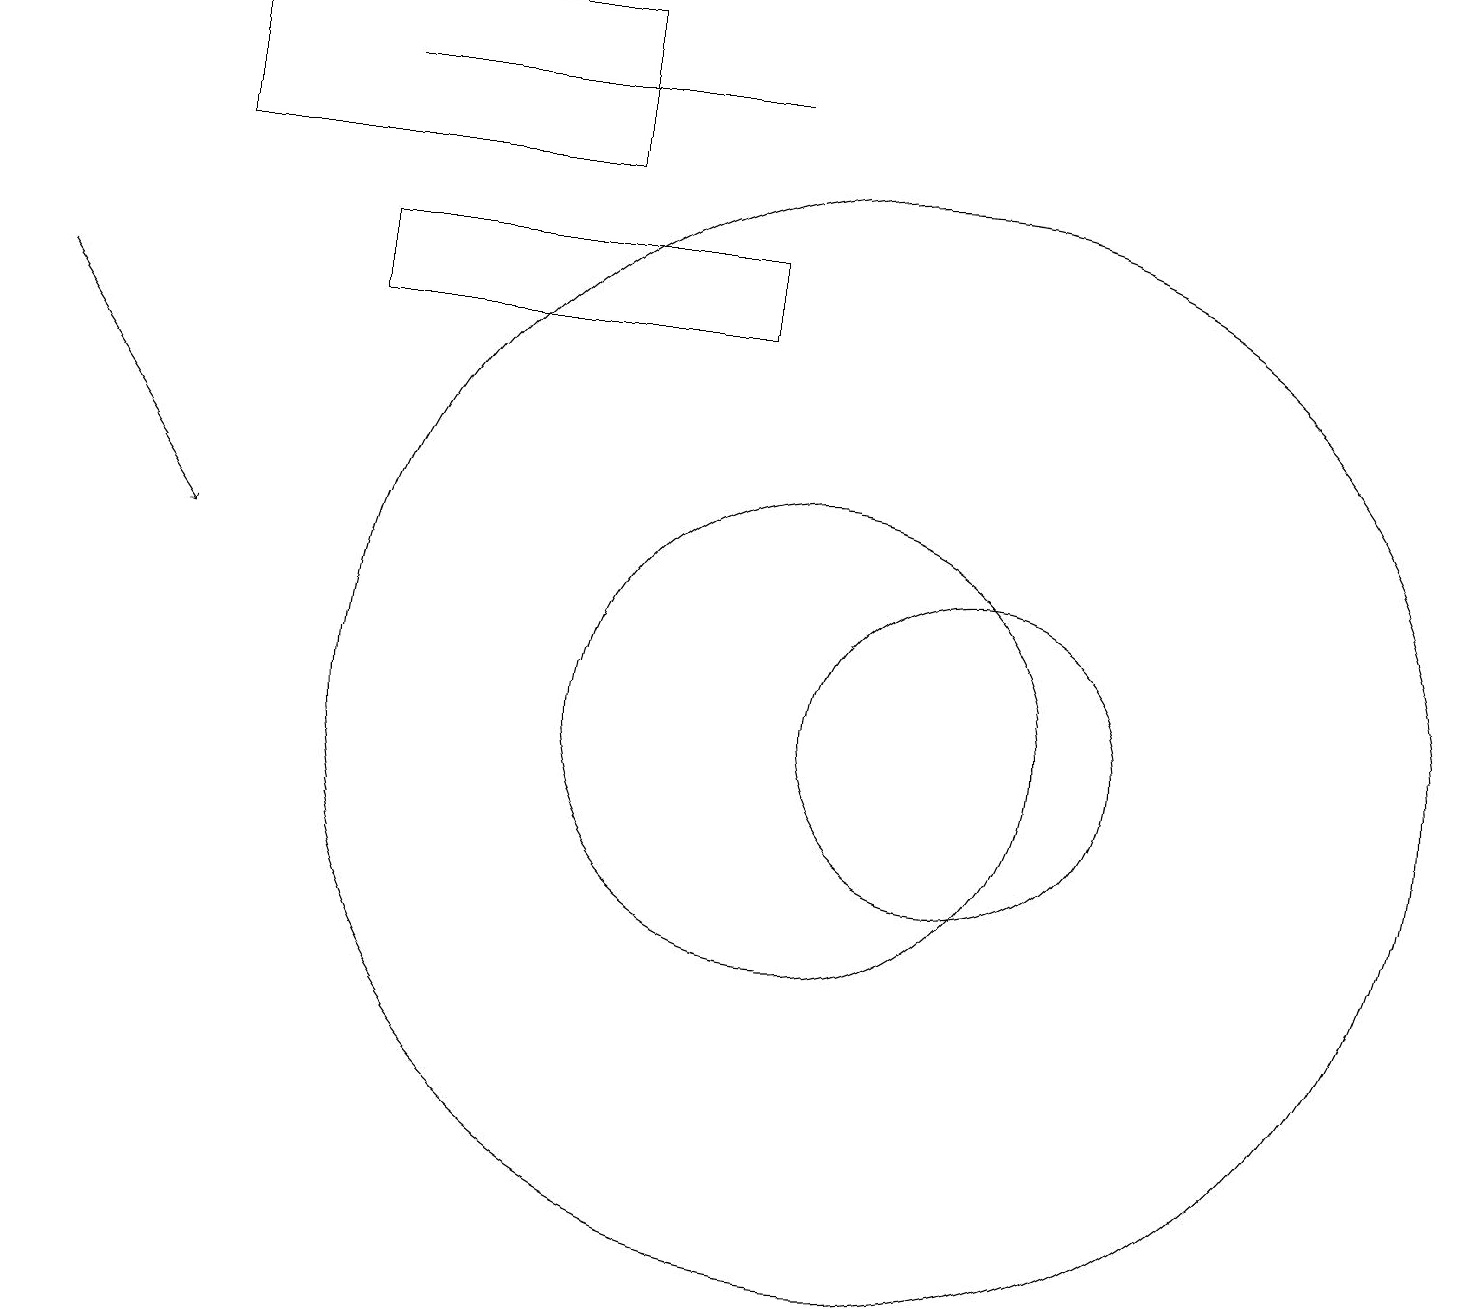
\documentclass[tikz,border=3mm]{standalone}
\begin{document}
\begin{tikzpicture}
\draw (10,10) circle (3);
\draw[->] (0,15) -- (2,12);
\draw (4,16) rectangle (9,15);
\draw (9,18) rectangle (4,18);
\draw (2,19) rectangle (7,17);
\draw (11,10) circle (7);
\draw (12,10) circle (2);
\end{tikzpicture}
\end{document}